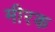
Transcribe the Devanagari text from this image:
मीरक